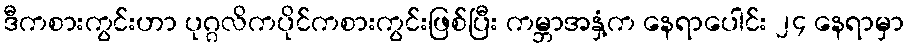
ဒီကစားကွင်းဟာ ပုဂ္ဂလိကပိုင်ကစားကွင်းဖြစ်ပြီး ကမ္ဘာအနှံ့က နေရာပေါင်း ၂၄ နေရာမှာ